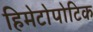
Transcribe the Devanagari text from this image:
हिमेटोपोटिक